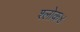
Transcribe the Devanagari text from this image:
श्लोक४